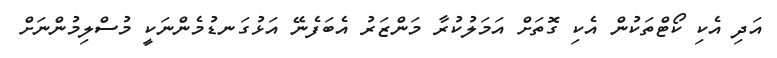
އަދި އެކި ކޯޓްތަކުން އެކި ގޮތަށް އަމަލުކުރާ މަންޒަރު އެބަފެނޭ އަޅުގަނޑުމެންނަކީ މުސްލިމުންނަށް